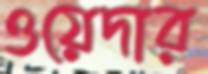
ওয়েদার